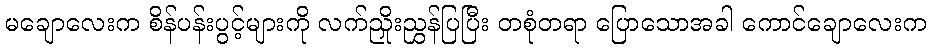
မချောလေးက စိန်ပန်းပွင့်များကို လက်ညှိုးညွှန်ပြပြီး တစုံတရာ ပြောသောအခါ ကောင်ချောလေးက